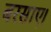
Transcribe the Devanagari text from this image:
बरसाए।